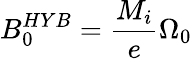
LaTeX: B_{0}^{HYB}=\frac{M_{i}}{e}\Omega_{0}